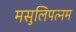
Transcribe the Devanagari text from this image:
मसुलिपत्नम